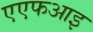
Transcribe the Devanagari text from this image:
एएफआइ